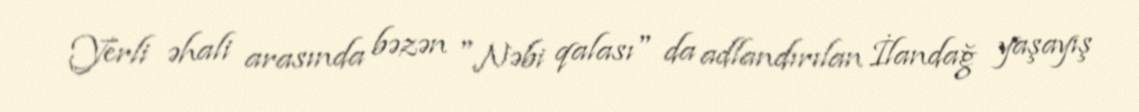
Yerli əhali arasında bəzən "Nəbi qalası" da adlandırılan İlandağ yaşayış